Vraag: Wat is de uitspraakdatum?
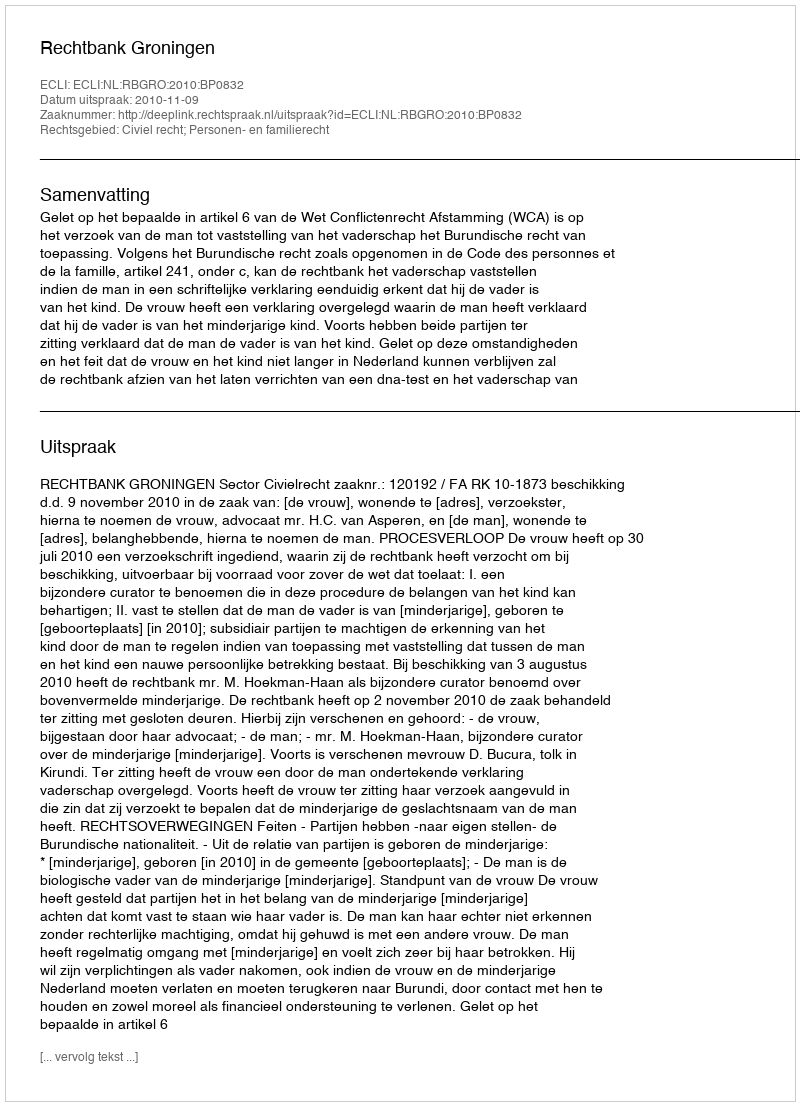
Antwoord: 2010-11-09